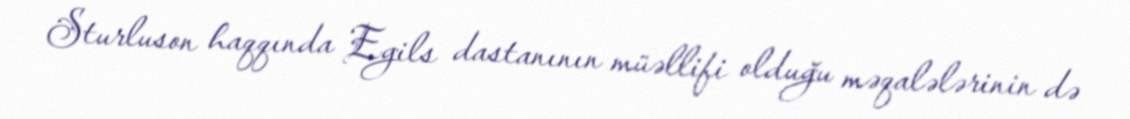
Sturluson haqqında Egils dastanının müəllifi olduğu məqalələrinin də